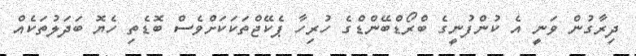
ދިރާގުން ވަނީ އެ ކުންފުނީގެ ބްރޯޑްބޭންޑްގެ ހުރިހާ ޕެކޭޖްތަކަކަށްވެސް ބޮޑެތި ހެޔޮ ބަދަލުތަކެއް